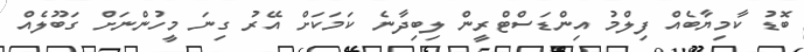
ބޮޑު ކާމިޔާބެއް ފިލްމު އިންޑަސްޓްރީން ލިބިދާނެ ކަމަކަށް އޭރު ގިނަ މީހުންނަށް ގަބޫލެއް